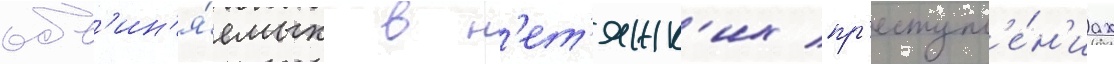
обв'ин'я́емых в н'ет'яжк'их пр'еступл'е́н'иах